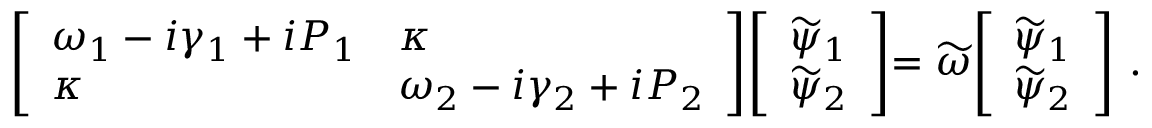
\left[ \begin{array} { l l } { \omega _ { 1 } - i \gamma _ { 1 } + i P _ { 1 } } & { \kappa } \\ { \kappa } & { \omega _ { 2 } - i \gamma _ { 2 } + i P _ { 2 } } \end{array} \middle ] \middle [ \begin{array} { l } { \widetilde { \psi } _ { 1 } } \\ { \widetilde { \psi } _ { 2 } } \end{array} \middle ] = \widetilde { \omega } \middle [ \begin{array} { l } { \widetilde { \psi } _ { 1 } } \\ { \widetilde { \psi } _ { 2 } } \end{array} \right] \, .